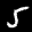
Label: 5